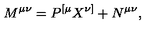
M ^ { \mu \nu } = P ^ { [ \mu } X ^ { \nu ] } + N ^ { \mu \nu } ,